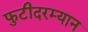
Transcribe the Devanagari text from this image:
फुटीदरम्यान